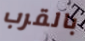
بالقرب